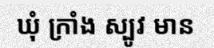
ឃុំ ក្រាំង ស្បូវ មាន